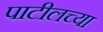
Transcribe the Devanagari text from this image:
पाटीलच्या